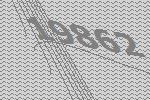
19862